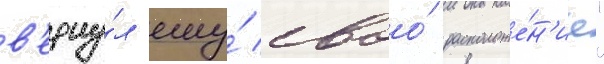
в'ерну́л ему́ своо́ расположе́н'ие"